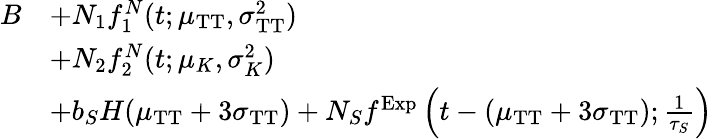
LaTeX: \begin{array}{rl}{B}&{+N_{1}f_{1}^{N}(t;\mu_{\mathrm{TT}},\sigma_{\mathrm{TT}}^{2})}\\ &{+N_{2}f_{2}^{N}(t;\mu_{K},\sigma_{K}^{2})}\\ &{+b_{S}H(\mu_{\mathrm{TT}}+3\sigma_{\mathrm{TT}})+N_{S}f^{\mathrm{Exp}}\left(t-(\mu_{\mathrm{TT}}+3\sigma_{\mathrm{TT}});\frac{1}{\tau_{S}}\right)}\end{array}